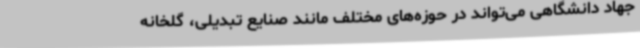
جهاد دانشگاهی می‌تواند در حوزه‌های مختلف مانند صنایع تبدیلی، گلخانه